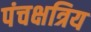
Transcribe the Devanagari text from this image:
पंचक्षत्रिय